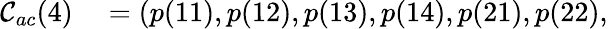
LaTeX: \begin{array}{rl}{\mathcal{C}_{ac}(4)}&{{}=(p(11),p(12),p(13),p(14),p(21),p(22),}\end{array}